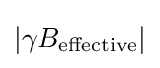
\left\vert \gamma B_{\text{effective}}\right\vert